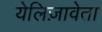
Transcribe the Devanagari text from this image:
येलिज़ावेता